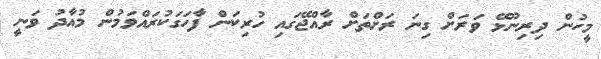
މީހުން ދިރިނޫޅޭ ވަރަށް ގިނަ ރަށްތަށް ރާއްޖޭގައި ހުރިކަން ފާހަގަކުރައްވަމުން މުއާދު ވަނީ